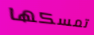
تمسكها